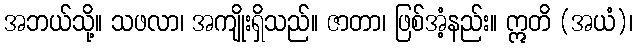
အဘယ်သို့။ သဖလာ၊ အကျိုးရှိသည်။ ဇာတာ၊ ဖြစ်အံ့နည်း။ ဣတိ (အယံ)၊